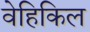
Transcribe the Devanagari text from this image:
वेहिकिल